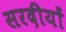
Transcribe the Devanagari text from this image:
सरदीयों